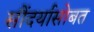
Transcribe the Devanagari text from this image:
सौंदर्यासोबत